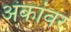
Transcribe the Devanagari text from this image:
अंकांवर